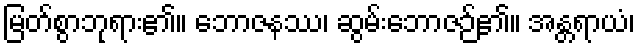
မြတ်စွာဘုရား၏။ ဘောဇနဿ၊ ဆွမ်းဘောဇဉ်၏။ အန္တရာယံ၊